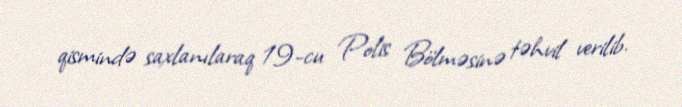
qismində saxlanılaraq 19-cu Polis Bölməsinə təhvil verilib.